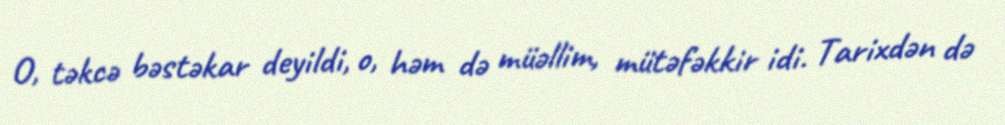
O, təkcə bəstəkar deyildi, o, həm də müəllim, mütəfəkkir idi. Tarixdən də